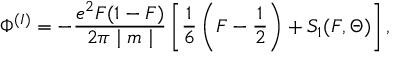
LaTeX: \Phi ^ { ( I ) } = - \frac { e ^ { 2 } F ( 1 - F ) } { 2 \pi \mid m \mid } \left[ \frac { 1 } { 6 } \left( F - \frac { 1 } { 2 } \right) + S _ { 1 } ( F , \Theta ) \right] ,